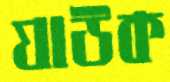
যাউক